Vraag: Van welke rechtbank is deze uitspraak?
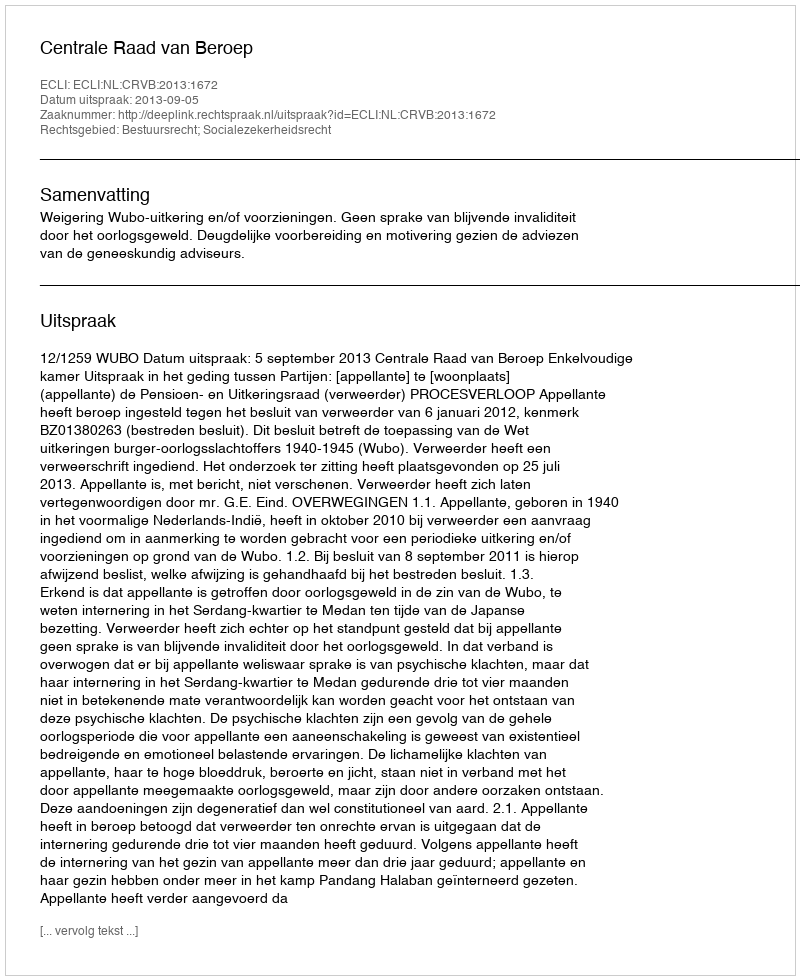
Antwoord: Centrale Raad van Beroep